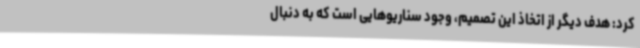
کرد: هدف دیگر از اتخاذ این تصمیم، وجود سناریوهایی است که به دنبال